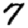
Digit: 7